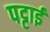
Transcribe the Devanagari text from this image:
पट्टाई